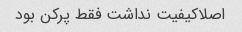
اصلاکیفیت نداشت فقط پرکن بود